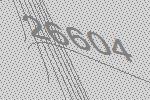
26604